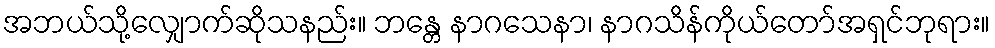
အဘယ်သို့လျှောက်ဆိုသနည်း။ ဘန္တေ နာဂသေနာ၊ နာဂသိန်ကိုယ်တော်အရှင်ဘုရား။